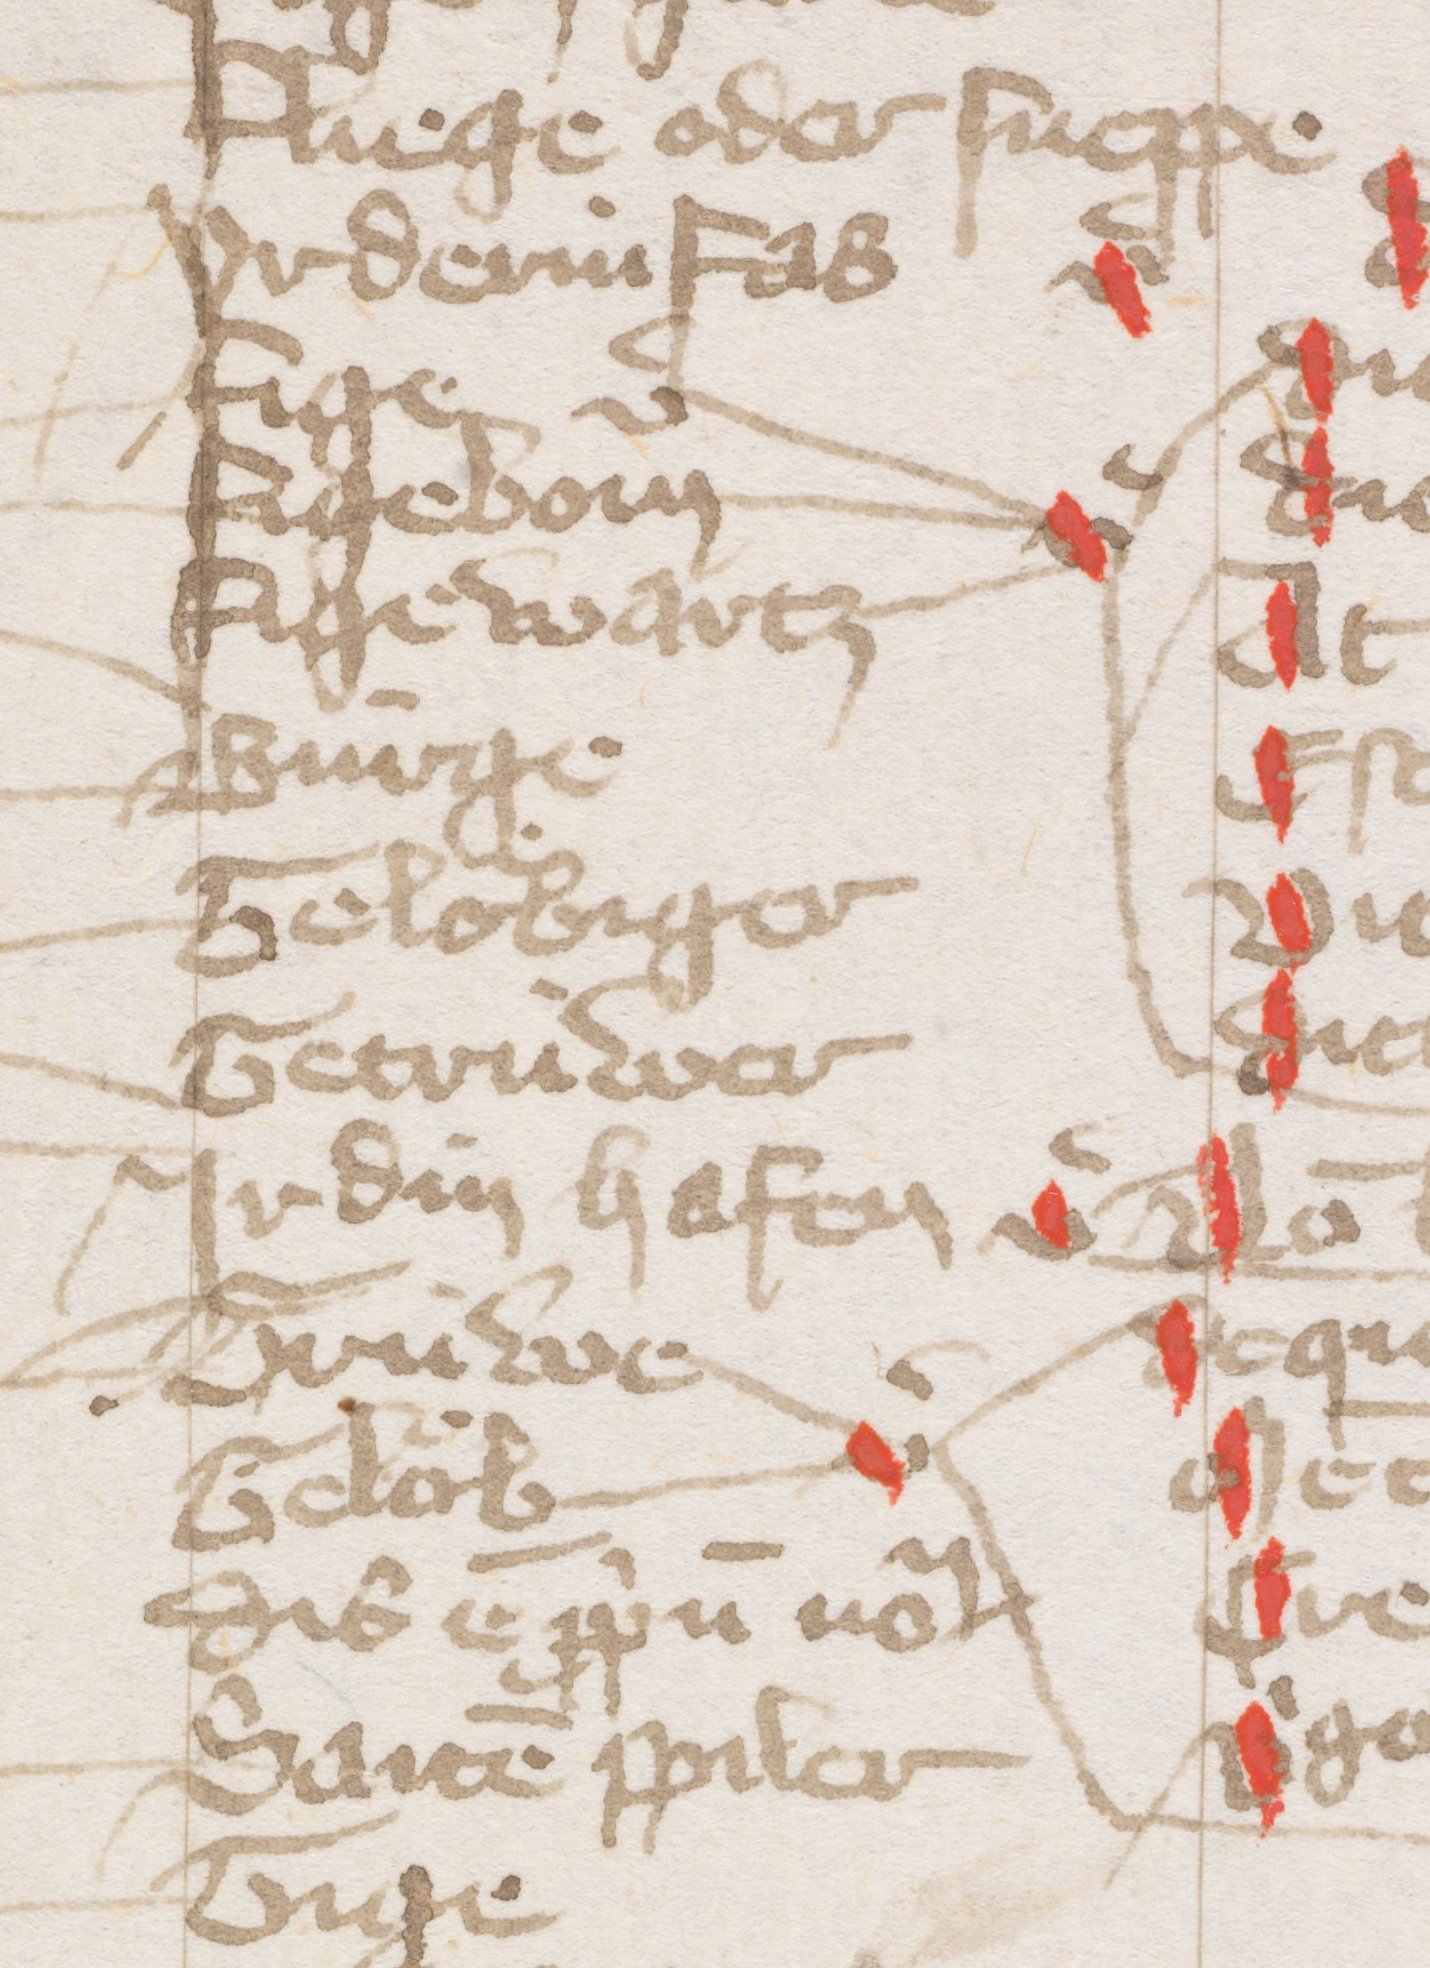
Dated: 1384–1384